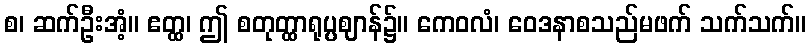
စ၊ ဆက်ဦးအံ့။ ဧတ္ထ၊ ဤ စတုတ္ထာရုပ္ပဈာန်၌။ ကေဝလံ၊ ဝေဒနာစသည်မဖက် သက်သက်။